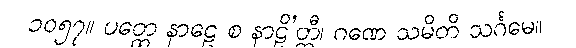
၁၀၅၇။ ပတ္ထေ နာဠေ စ နာဠိ’တ္ထီ၊ ဂဏေ သမိတိ သင်္ဂမေ။